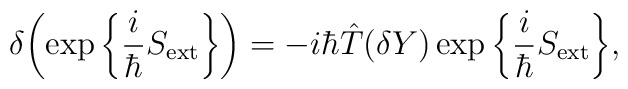
\delta\bigg(\!\exp\bigg\{\frac{i}{\hbar}S_{\rm ext}\bigg\}\bigg) =-i\hbar\hat{T}(\delta Y)\exp\bigg\{\frac{i}{\hbar}S_{\rm ext}\bigg\},